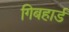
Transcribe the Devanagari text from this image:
गिबहार्ड